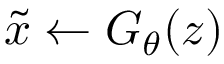
\tilde { x } \leftarrow G _ { \theta } ( z )